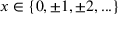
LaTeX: x \in \{ 0 , \pm 1 , \pm 2 , . . . \}